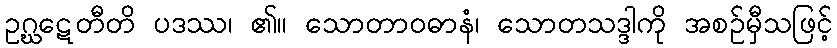
ဥဂ္ဃဋေတီတိ ပဒဿ၊ ၏။ သောတာဝဓာနံ၊ သောတသဒ္ဒါကို အစဉ်မှီသဖြင့်